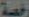
رفعة